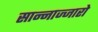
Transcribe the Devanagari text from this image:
सान्नाज्जारो